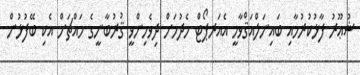
ޝުޢޫރު ފާޅުކުރުމާއި ބައިނަލްއަޤްވާމީ އެއަރޕޯޓް ހެދުމަށް ދިވެހިންވީ ޤުރުބާނީގެ މައްޗަށް އެކި ބޭފުޅުން